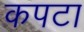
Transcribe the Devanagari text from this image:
कपटा